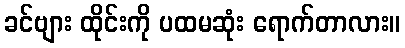
ခင်ဗျား ထိုင်းကို ပထမဆုံး ရောက်တာလား။